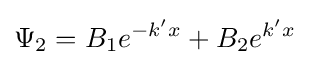
\Psi _{2}=B_{1}e^{-k'x}+B_{2}e^{k'x}